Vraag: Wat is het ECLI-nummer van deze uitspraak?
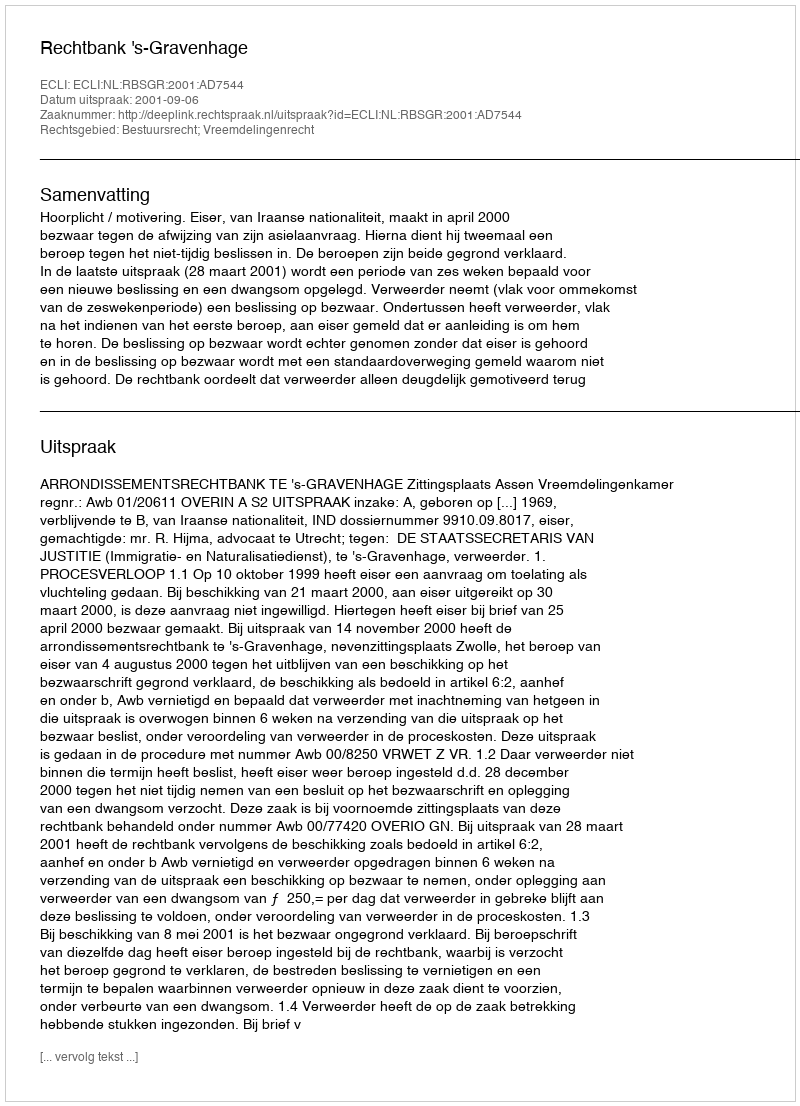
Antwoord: ECLI:NL:RBSGR:2001:AD7544